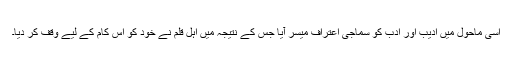
اسی ماحول میں ادیب اور ادب کو سماجی اعتراف میسر آیا جس کے نتیجہ میں اہل قلم نے خود کو اس کام کے لیے وقف کر دیا۔